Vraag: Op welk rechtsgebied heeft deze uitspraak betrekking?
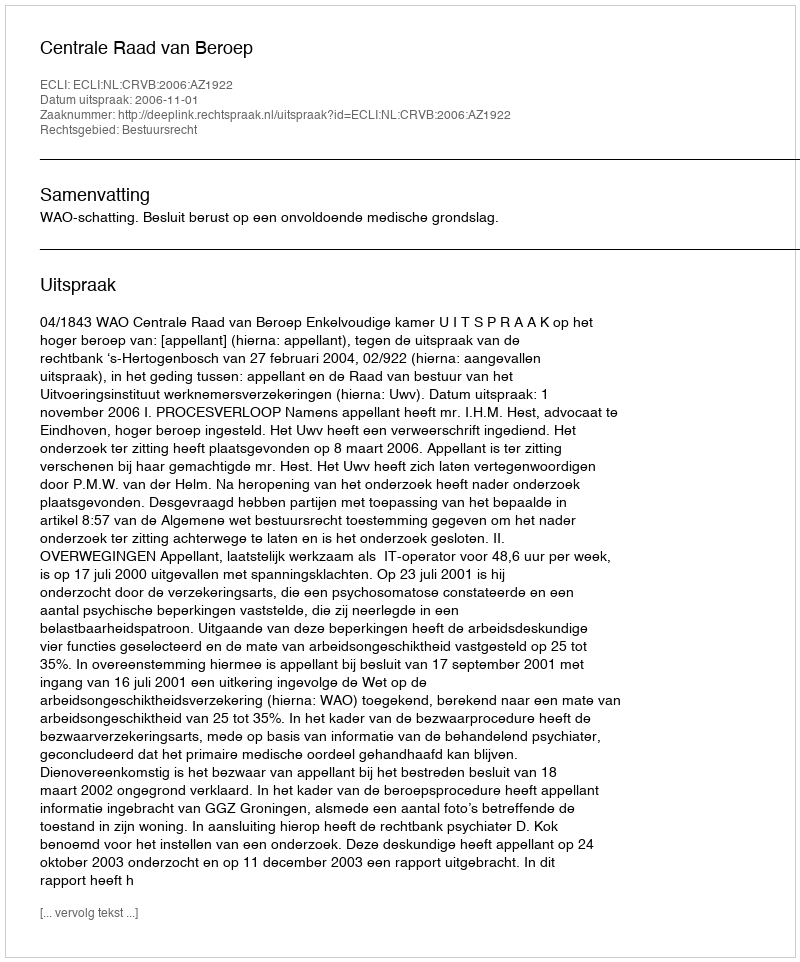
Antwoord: Bestuursrecht